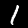
Digit: 1